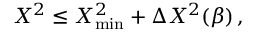
X ^ { 2 } \leq X _ { \mathrm { m i n } } ^ { 2 } + \Delta { X ^ { 2 } } ( \beta ) \, ,